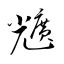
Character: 兤